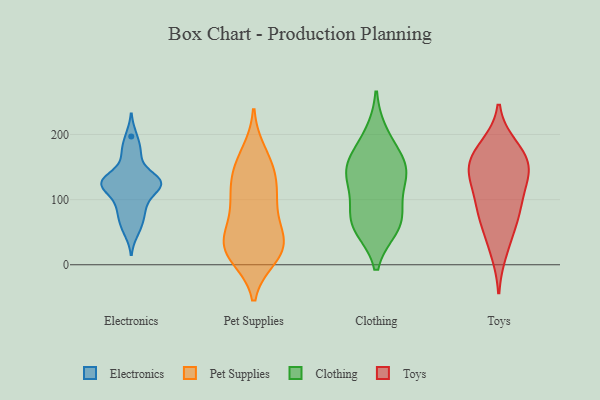
{"axis": {"x": "Customer Acquisition Cost (USD)", "y": "Value"}, "legend": ["Clothing", "Electronics", "Pet Supplies", "Toys"], "data": [{"x": "", "y": 90, "type": "Electronics"}, {"x": "", "y": 174, "type": "Electronics"}, {"x": "", "y": 95, "type": "Electronics"}, {"x": "", "y": 50, "type": "Electronics"}, {"x": "", "y": 124, "type": "Electronics"}, {"x": "", "y": 75, "type": "Electronics"}, {"x": "", "y": 168, "type": "Electronics"}, {"x": "", "y": 115, "type": "Electronics"}, {"x": "", "y": 65, "type": "Electronics"}, {"x": "", "y": 129, "type": "Electronics"}, {"x": "", "y": 197, "type": "Electronics"}, {"x": "", "y": 126, "type": "Electronics"}, {"x": "", "y": 133, "type": "Electronics"}, {"x": "", "y": 126, "type": "Electronics"}, {"x": "", "y": 123, "type": "Electronics"}, {"x": "", "y": 130, "type": "Electronics"}, {"x": "", "y": 129, "type": "Pet Supplies"}, {"x": "", "y": 76, "type": "Pet Supplies"}, {"x": "", "y": 13, "type": "Pet Supplies"}, {"x": "", "y": 110, "type": "Pet Supplies"}, {"x": "", "y": 153, "type": "Pet Supplies"}, {"x": "", "y": 35, "type": "Pet Supplies"}, {"x": "", "y": 36, "type": "Pet Supplies"}, {"x": "", "y": 171, "type": "Pet Supplies"}, {"x": "", "y": 109, "type": "Pet Supplies"}, {"x": "", "y": 39, "type": "Pet Supplies"}, {"x": "", "y": 24, "type": "Pet Supplies"}, {"x": "", "y": 87, "type": "Pet Supplies"}, {"x": "", "y": 24, "type": "Pet Supplies"}, {"x": "", "y": 147, "type": "Pet Supplies"}, {"x": "", "y": 20, "type": "Pet Supplies"}, {"x": "", "y": 58, "type": "Clothing"}, {"x": "", "y": 69, "type": "Clothing"}, {"x": "", "y": 62, "type": "Clothing"}, {"x": "", "y": 78, "type": "Clothing"}, {"x": "", "y": 156, "type": "Clothing"}, {"x": "", "y": 200, "type": "Clothing"}, {"x": "", "y": 163, "type": "Clothing"}, {"x": "", "y": 133, "type": "Clothing"}, {"x": "", "y": 130, "type": "Clothing"}, {"x": "", "y": 141, "type": "Clothing"}, {"x": "", "y": 143, "type": "Toys"}, {"x": "", "y": 158, "type": "Toys"}, {"x": "", "y": 154, "type": "Toys"}, {"x": "", "y": 80, "type": "Toys"}, {"x": "", "y": 151, "type": "Toys"}, {"x": "", "y": 50, "type": "Toys"}, {"x": "", "y": 131, "type": "Toys"}, {"x": "", "y": 177, "type": "Toys"}, {"x": "", "y": 91, "type": "Toys"}, {"x": "", "y": 78, "type": "Toys"}, {"x": "", "y": 116, "type": "Toys"}, {"x": "", "y": 20, "type": "Toys"}, {"x": "", "y": 182, "type": "Toys"}]}